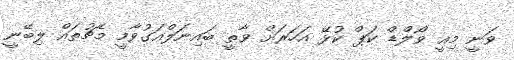
ވަނީ މިއީ ވޯލްޑް ކަޕް ކުޅޭ އަހަރަށް ވާތީ ބައިނަލްއަގުވާމީ މެޗުތައް ލިބޭނީ